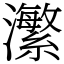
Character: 瀿